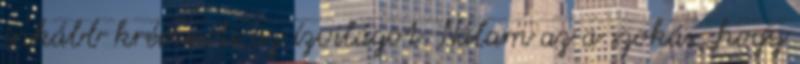
inkább krémesíti az ízvilágot. Nálam az a szokás, hogy